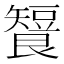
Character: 𬑶